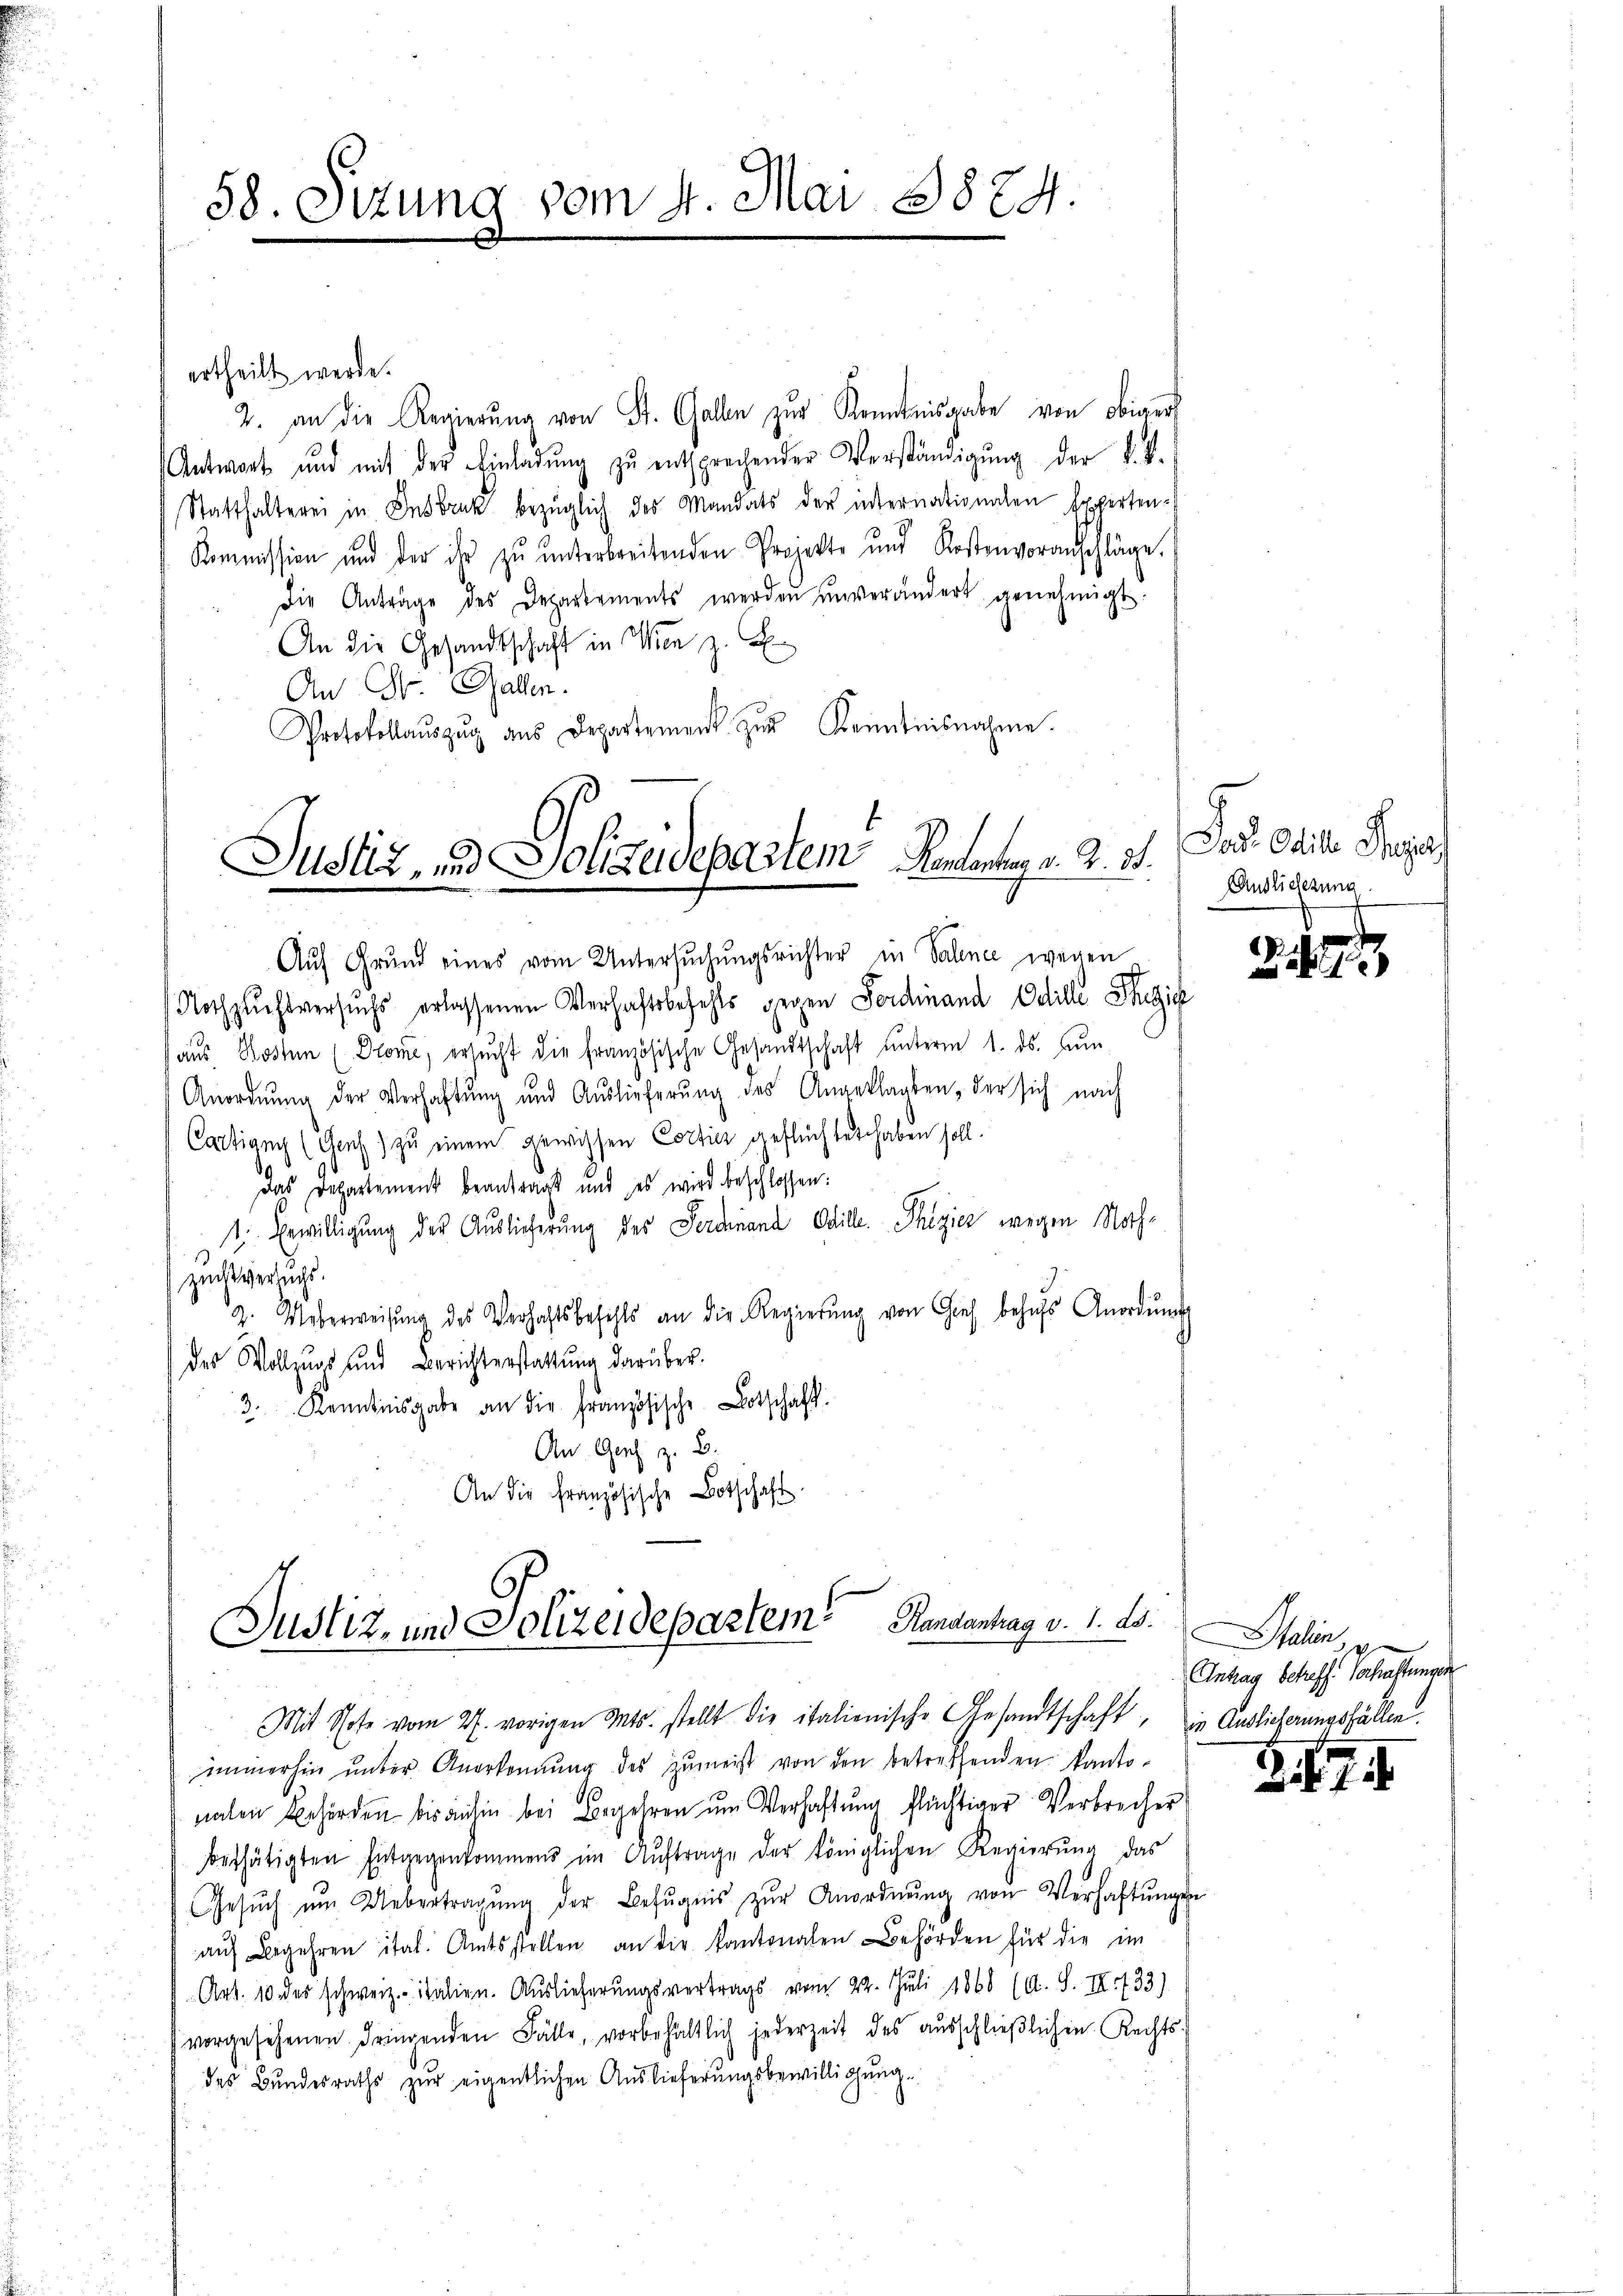
58. Sitzung vom 4. Mai 1874.

ertheilt werde.
2. an die Regierŭng von St. Gallen zur Kenntnisgabe von obiger
Antwort und mit der Einladung zu entsprechender Verständigung der K. V.
Statthalterei in Insbruk bezüglich des Mandats der internationalen Experten¬
Kommission und der ihr zŭ ŭnterbreitenden Projekte und Kostenvoranschläge.
die Antrage des Departements werden unverändert genehmigt:
An die Gesandtschaft in Wien z. B
An St. Gallen.
Protokollaŭszŭg ans Departement zŭr Kenntnisnahme.

Justiz, und Polizeidepartem Rendenten v. 2. 31.

Auf Grund eines vom Untersŭchŭngsrichter in Salinee wegen
Nothzuchtversuchs erlassenen Verhaftsbefehls gegen Ferdinand Odille Thezic
aŭs Kosten (Prome, ersŭcht die französische Gesandtschaft ŭnterm 1. ds. ŭn
Anordnung der Verhaftung und Auslieferung des Angeklagten, der sich nach
Castian (Genf) zu einem gewissen Cortier geflüchtet haben soll.
Das Departement beantragt und es wird beschlossen:
1. Erwilligung der Auslicherung des Ferdinand Odille Phizier wegen Nothzuchtversuchs.
z. Ueberweisung des Verhaftsbefehls an die Regierŭng von Gies behŭfs Anordnung
des Volleurs und Berichterstattung darüber.
3. Kenntnisgabe an die Französische Botschäft.
An Gerich z. B.
An die Französische Botschaft.

Justiz- und Polizeidepartem Randantrag v. 1. ds. talien,

nahen Behörden bis anhin bei Begehren um Verhaftung flüchtiger Verbrecher
bethätigten Entgegenkommens im Aŭftrage der königlichen Regierŭng das
Gesŭch ŭm Uebertragŭng der Befugnis zŭr Anordnŭng von Verhaltŭngen
aŭf Begehren ital. Amtsstellen an die kantonalen Behörden für die im
Art. 10 des schweiz. italien. Auslieferungsvertrags vom 22. Juli 1868 (A. S. III 733)
vorgesehenen dringenden Fälle, vorbehältlich jederzeit des ausschließlichen Rechts-
des Bundesraths zur eigentlichen Auslieferungsbewilligung.

Mit Note vom 27. vorigen Mts. stellt die italienische Gesandtschaft, in Auslicherungsfällen.
immerhin ŭnter Anerkennung des zŭmeist von den betreffenden kanto-

Jan. Odill Super
Auslicherung

Antrag betreff. Verhaftungen

Zif. 7